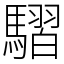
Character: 騽